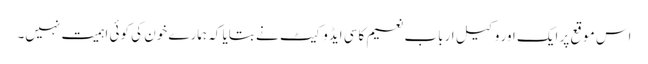
اس موقع پر ایک اور وکیل ارباب نعیم کاسی ایڈوکیٹ نے بتایا کہ ہمارے خون کی کوئی اہمیت نہیں۔